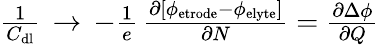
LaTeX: \begin{array}{r}{\frac{1}{C_{\mathrm{dl}}}\, \rightarrow\, -\frac{1}{e}\, \frac{\partial\left[\phi_{\mathrm{etrode}}-\phi_{\mathrm{elyte}}\right]}{\partial N}=\frac{\partial\Delta\phi}{\partial Q}}\end{array}